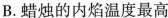
B.蜡烛的内焰温度最高